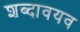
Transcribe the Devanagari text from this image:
शब्दावयव